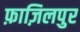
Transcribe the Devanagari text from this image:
फ़ाज़िलपुर